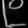
Digit: ၉